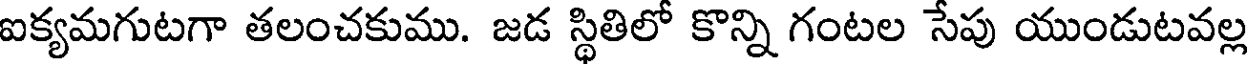
ఐక్యమగుటగా తలంచకుము. జడ స్థితిలో కొన్ని గంటల సేపు యుండుటవల్ల